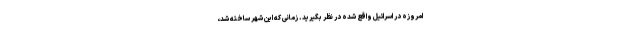
امروزه در اسرائیل واقع شده در نظر بگیرید. زمانی که این شهر ساخته شد،